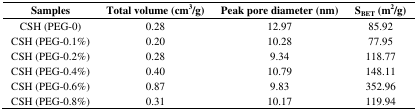
<table><thead><tr><td><b>Samples</b></td><td><b>Total volume (cm<sup>3</sup>/g)</b></td><td><b>Peak pore diameter (nm)</b></td><td><b>S<sub>BET</sub> (m<sup>2</sup>/g)</b></td></tr></thead><tbody><tr><td>CSH (PEG-0)</td><td>0.28</td><td>12.97</td><td>85.92</td></tr><tr><td>CSH (PEG-0.1%)</td><td>0.20</td><td>10.28</td><td>77.95</td></tr><tr><td>CSH (PEG-0.2%)</td><td>0.28</td><td>9.34</td><td>118.77</td></tr><tr><td>CSH (PEG-0.4%)</td><td>0.40</td><td>10.79</td><td>148.11</td></tr><tr><td>CSH (PEG-0.6%)</td><td>0.87</td><td>9.83</td><td>352.96</td></tr><tr><td>CSH (PEG-0.8%)</td><td>0.31</td><td>10.17</td><td>119.94</td></tr></tbody></table>